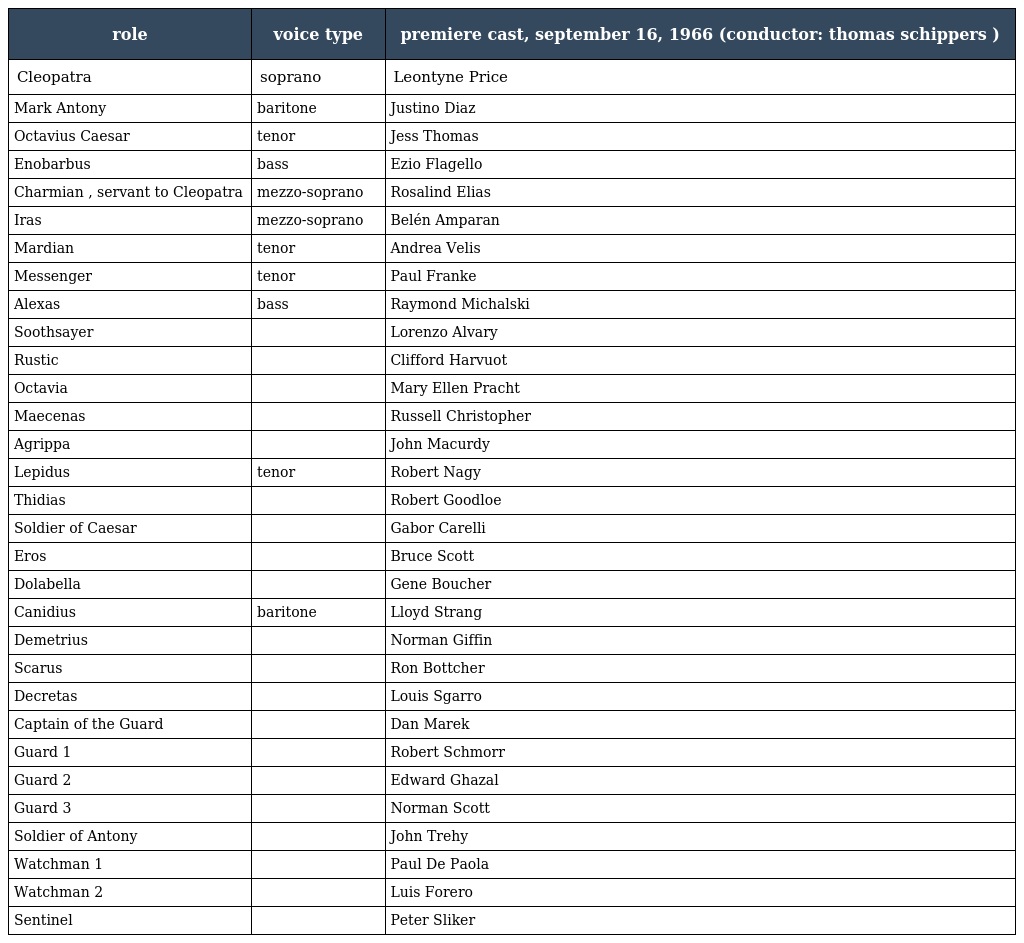
| role | voice type | premiere cast, september 16, 1966 (conductor: thomas schippers ) |
 | --- | --- | --- |
 | Cleopatra | soprano | Leontyne Price |
 | Mark Antony | baritone | Justino Diaz |
 | Octavius Caesar | tenor | Jess Thomas |
 | Enobarbus | bass | Ezio Flagello |
 | Charmian , servant to Cleopatra | mezzo-soprano | Rosalind Elias |
 | Iras | mezzo-soprano | Belén Amparan |
 | Mardian | tenor | Andrea Velis |
 | Messenger | tenor | Paul Franke |
 | Alexas | bass | Raymond Michalski |
 | Soothsayer |  | Lorenzo Alvary |
 | Rustic |  | Clifford Harvuot |
 | Octavia |  | Mary Ellen Pracht |
 | Maecenas |  | Russell Christopher |
 | Agrippa |  | John Macurdy |
 | Lepidus | tenor | Robert Nagy |
 | Thidias |  | Robert Goodloe |
 | Soldier of Caesar |  | Gabor Carelli |
 | Eros |  | Bruce Scott |
 | Dolabella |  | Gene Boucher |
 | Canidius | baritone | Lloyd Strang |
 | Demetrius |  | Norman Giffin |
 | Scarus |  | Ron Bottcher |
 | Decretas |  | Louis Sgarro |
 | Captain of the Guard |  | Dan Marek |
 | Guard 1 |  | Robert Schmorr |
 | Guard 2 |  | Edward Ghazal |
 | Guard 3 |  | Norman Scott |
 | Soldier of Antony |  | John Trehy |
 | Watchman 1 |  | Paul De Paola |
 | Watchman 2 |  | Luis Forero |
 | Sentinel |  | Peter Sliker |